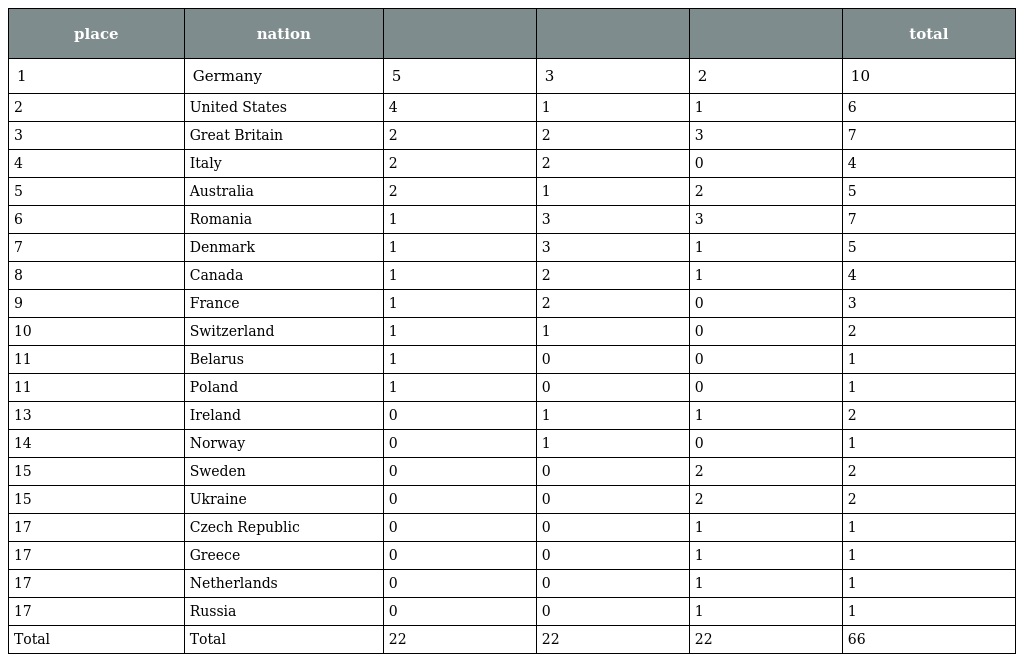
| place | nation |  |  |  | total |
 | --- | --- | --- | --- | --- | --- |
 | 1 | Germany | 5 | 3 | 2 | 10 |
 | 2 | United States | 4 | 1 | 1 | 6 |
 | 3 | Great Britain | 2 | 2 | 3 | 7 |
 | 4 | Italy | 2 | 2 | 0 | 4 |
 | 5 | Australia | 2 | 1 | 2 | 5 |
 | 6 | Romania | 1 | 3 | 3 | 7 |
 | 7 | Denmark | 1 | 3 | 1 | 5 |
 | 8 | Canada | 1 | 2 | 1 | 4 |
 | 9 | France | 1 | 2 | 0 | 3 |
 | 10 | Switzerland | 1 | 1 | 0 | 2 |
 | 11 | Belarus | 1 | 0 | 0 | 1 |
 | 11 | Poland | 1 | 0 | 0 | 1 |
 | 13 | Ireland | 0 | 1 | 1 | 2 |
 | 14 | Norway | 0 | 1 | 0 | 1 |
 | 15 | Sweden | 0 | 0 | 2 | 2 |
 | 15 | Ukraine | 0 | 0 | 2 | 2 |
 | 17 | Czech Republic | 0 | 0 | 1 | 1 |
 | 17 | Greece | 0 | 0 | 1 | 1 |
 | 17 | Netherlands | 0 | 0 | 1 | 1 |
 | 17 | Russia | 0 | 0 | 1 | 1 |
 | Total | Total | 22 | 22 | 22 | 66 |